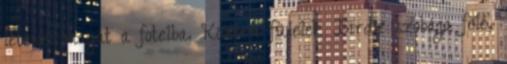
leteszi magát a fotelba. Közben fülelek Birdie szobája felé,